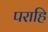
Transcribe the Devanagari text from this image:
पराहि